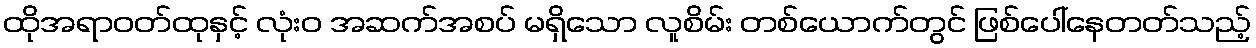
ထိုအရာဝတ်ထုနှင့် လုံးဝ အဆက်အစပ် မရှိသော လူစိမ်း တစ်ယောက်တွင် ဖြစ်ပေါ်နေတတ်သည့်